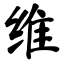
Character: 维